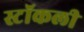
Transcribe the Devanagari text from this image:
स्टॉकली